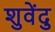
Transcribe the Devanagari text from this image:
शुवेंदु